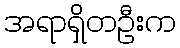
အရာရှိတဦးက